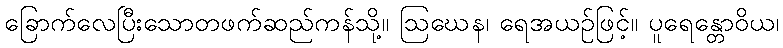
ခြောက်လေပြီးသောတဖက်ဆည်ကန်သို့။ ဩဃေန၊ ရေအယဉ်ဖြင့်။ ပူရေန္တောဝိယ၊